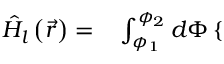
\begin{array} { r l } { \hat { H } _ { l } \left( \vec { r } \right) = } & { { } \int _ { \phi _ { 1 } } ^ { \phi _ { 2 } } d \Phi \left\{ \begin{array} { l l } \end{array} \right. } \end{array}